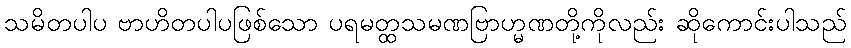
သမိတပါပ ဗာဟိတပါပဖြစ်သော ပရမတ္ထသမဏဗြာဟ္မဏတို့ကိုလည်း ဆိုကောင်းပါသည်